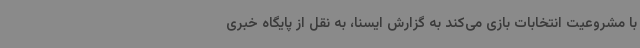
با مشروعیت انتخابات بازی می‌کند به گزارش ایسنا، به نقل از پایگاه خبری